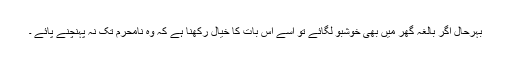
بہرحال اگر بالغہ گھر میں بھی خوشبو لگائے تو اُسے اس بات کا خیال رکھنا ہے کہ وہ نامحرم تک نہ پہنچنے پائے ۔